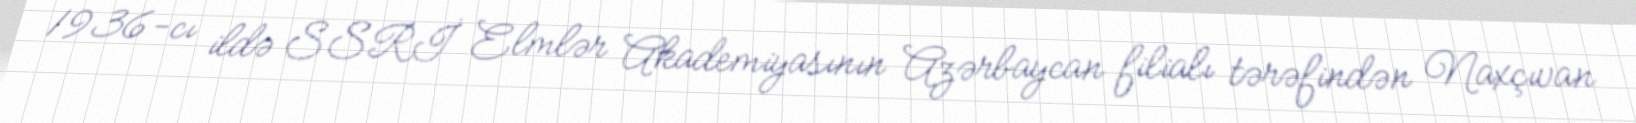
1936-cı ildə SSRİ Elmlər Akademiyasının Azərbaycan filialı tərəfindən Naxçıvan